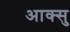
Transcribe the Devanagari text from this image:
आक्सु